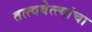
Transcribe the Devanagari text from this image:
तत्त्ववेत्त्यांचा